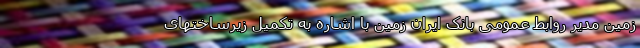
زمین مدیر روابط عمومی بانک ایران زمین با اشاره به تکمیل زیرساختهای